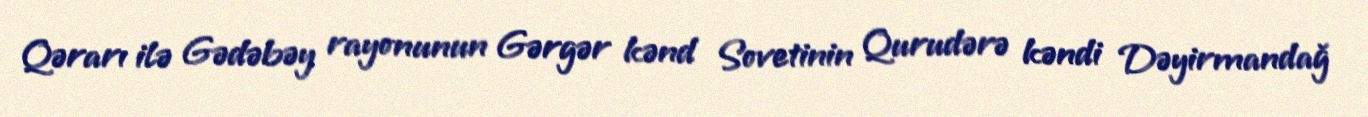
Qərarı ilə Gədəbəy rayonunun Gərgər kənd Sovetinin Qurudərə kəndi Dəyirmandağ